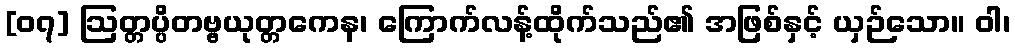
[၀၇] ဩတ္တပ္ပိတဗ္ဗယုတ္တကေန၊ ကြောက်လန့်ထိုက်သည်၏ အဖြစ်နှင့် ယှဉ်သော။ ဝါ၊